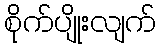
စိုက်ပျိုးလျက်